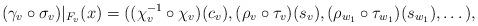
LaTeX: \begin{align*}(\gamma_v \circ \sigma_v)|_{F_v}(x) = ((\chi^{-1}_v \circ \chi_v)(c_v), (\rho_v \circ \tau_v)(s_v), (\rho_{w_1} \circ \tau_{w_1})(s_{w_1}), \dotsc ),\end{align*}